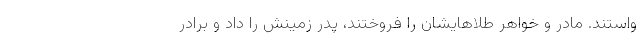
واستند. مادر و خواهر طلاهایشان را فروختند، پدر زمینش را داد و برادر